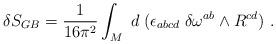
LaTeX: \begin{align*}\delta S_{GB} = {1\over 16 \pi^2}\int_M \;d\;(\epsilon_{abcd}\; \delta \omega^{ab} \wedge R^{cd}) \ .\end{align*}